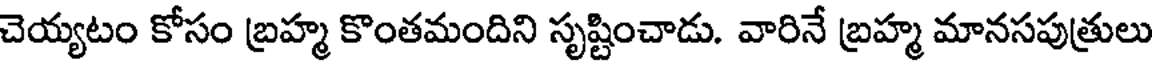
చెయ్యటం కోసం బ్రహ్మ కొంతమందిని సృష్టించాడు. వారినే బ్రహ్మ మానసపుత్రులు